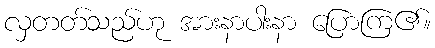
လှတတ်သည်ဟု အားနာပါးနာ ပြောကြ၏။